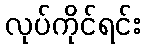
လုပ်ကိုင်ရင်း